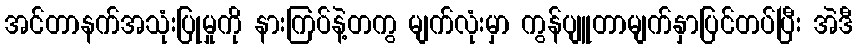
အင်တာနက်အသုံးပြုမှုကို နားကြပ်နဲ့တကွ မျက်လုံးမှာ ကွန်ပျူတာမျက်နှာပြင်တပ်ပြီး အဲဒီ